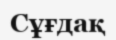
Сұғдақ